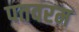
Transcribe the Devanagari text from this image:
पतवरम